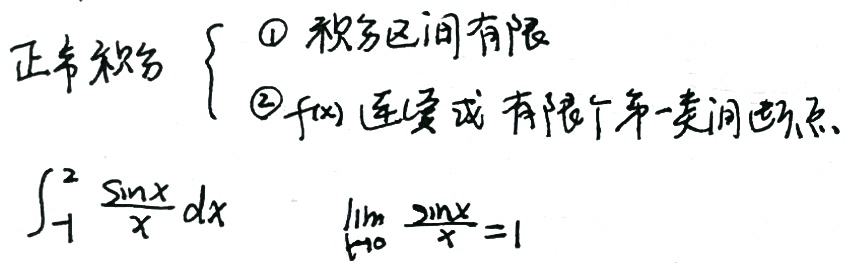
正常积分

\[
\begin{cases}
\textcircled{1} \text{积分区间有限}\\
\textcircled{2} f(x) \text{连续或有有限个第一类间断点}
\end{cases}
\]

\(\int_{-1}^{2} \frac{\sin x}{x} dx\)  ，\(\lim_{x \to 0} \frac{\sin x}{x} = 1\)